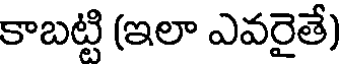
కాబట్టి (ఇలా ఎవరైతే)